Report on sanitation, dispensaries, and jails in Rajputana for 1920, and on vaccination for the year 1920-1921 - 1920-1921
Year: 1920
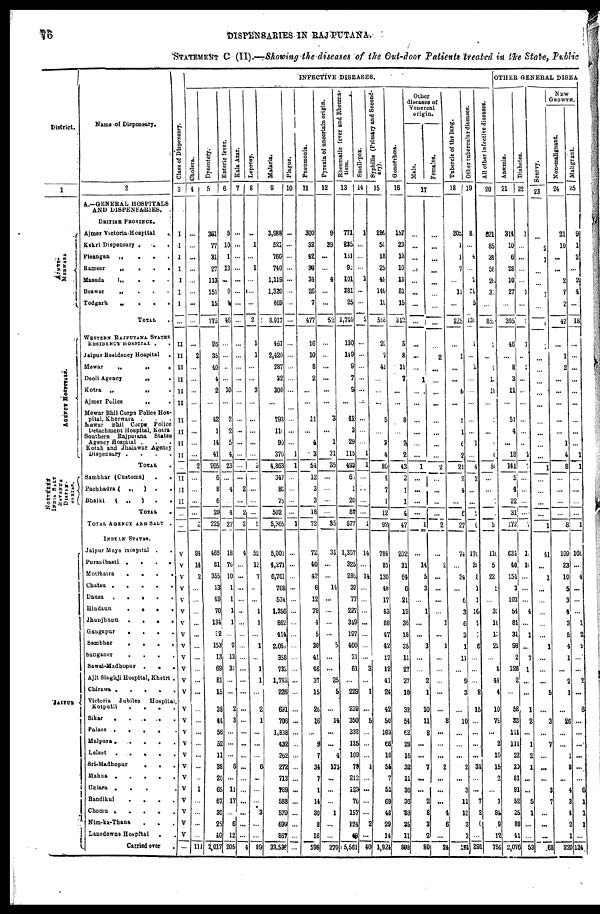
76
DISPENSARIES IN RAJPUTANA.
STATEMENT C (II).—Showing the diseases of the Out-door Patients treated in the State, Public
District.
1
AJMER
MERWARA
AGENCY HOSPITALS.
NORTHERN
INDIA SALT
REVENUE
DISPEN¬
SARIES.
JAIPUR
Name of Dispensary.
2
A.-GENERAL HOSPITALS
AND DISPENSARIES.
BRITISH PROVINCE.
Ajmer Victoria.Hospital
.
Kekri Dispensary
...
Pisangan „
...
Ramsar
„
...
Masuda
„
...
Beawar
„ ...
Todgarh
„
...
TOTAL ..
WESTERN RAJPUTANA STATES
RESIDENCY HOSPITAL ..
Jaipur Residency Hospital
.
Mewar
„
„
.
Deoli Agency
„
.
Kotra
„
„
.
Ajmer Police
„ .
Mewar Bhil Corps Police Hos-
pital, Kherwara ...
Mewar Bhil Corps Police
Detachment Hospital, Kotra
Southern Rajputana States
Agency Hospital ...
Kotah and Jhalawar Agency
Dispensary
....
TOTAL .
Sambhar (Customs) ..
Pachbadra( „
) ..
Bhalki
( „
) ..
TOTAL .
TOTAL AGENCY AND SALT .
INDIAN STATES.
Jaipur Mayo Hospital
..
Puranibasti
....
Motikatra
....
Chatsu
......
Dausa
.....
Hindaun....
Jhuujhunu....
Gangapur
....
Sambhar
....
Sanganer
....
Sawai-Madhopur
...
Ajit Singhji Hospital, Khetri .
Chirawa.....
Victoria Jubilee
Hospital
Kotputli ....
Sikar
.....
Palace
.....
Malpura.....
Lalsot
.....
Sri-Madhopur
...
Mahua
.....
Uniara
....
Bandikul
....
Chomu
.....
Nim-ka-Thana
...
Lansdowne Hospital
..
Carried over.
Class of Dispensary.
3
I
I
I
I
I
I
I
...
II
II
II
II
II
II
II
II
II
II
...
II
II
II
...
...
V
V
V
V
V
V
V
V
V
V
V
V
V
V
V
V
V
V
V
V
V
V
V
V
V
...
INFECTIVE DISEASES.
Cholera.
4
...
...
...
...
...
...
...
...
...
2
...
...
...
...
...
...
...
...
2
...
...
...
...
2
94
14
2
...
...
...
...
...
...
...
...
...
...
...
...
...
...
...
...
...
1
...
...
...
...
111
Dysentery.
5
361
77
31
27
113
151
15
775
26
35
40
4
2
...
47
1
14
41
205
6
8
6
20
225
466
81
355
13
49
70
134
32
153
13
69
81
15
38
44
56
52
11
38
20
65
67
30
25
40
2,017
Enteric fever.
6
9
10
1
13
...
9
4
46
...
...
..
...
10
...
2
2
5
4
23
...
4
...
4
27
18
70
10
1
1
1
1
...
2
13
31
...
...
2
3
...
...
...
6
...
11
17
...
6
12
205
Kala Azar.
7
...
...
...
...
...
...
...
...
...
...
...
...
...
...
...
...
...
...
...
...
2
...
2
2
4
...
...
...
...
...
...
...
...
...
...
...
...
...
...
...
...
...
...
...
...
...
...
...
...
4
Leprosy.
8
...
1
...
1
...
...
...
2
1
1
...
...
3
...
...
...
...
...
5
...
...
...
...
5
52
13
7
...
...
1
1
...
1
...
1
1
...
2
1
...
...
...
6
...
...
...
3
...
...
89
Malaria.
9
3,988
521
760
740
1,119
1,320
469
8,917
461
2,420
287
32
300
...
793
110
96
370
4,863
347
80
75
502
5,365
5,001
4,271
6,761
768
534
1,356
862
414
2,051
358
732
1,783
226
691
706
1,838
432
262
272
713
769
588
579
699
867
33,538
Plague.
10
...
...
...
...
...
...
...
...
...
...
...
...
...
...
...
...
...
1
1
...
...
...
...
1
...
...
...
...
...
...
...
...
...
...
...
...
...
...
...
...
...
...
...
...
...
...
...
...
...
...
Pneumonia.
11
300
32
42
36
34
26
7
477
16
10
8
2
...
...
11
...
4
3
54
12
3
3
18
72
72
40
42
6
12
78
4
5
30
41
46
37
15
26
16
...
9
7
34
7
1
14
30
8
16
596
Pyrexia of uncertain origin.
12
9
39
...
...
4
...
...
52
...
...
...
...
...
...
3
...
1
31
35
...
...
...
...
35
31
...
...
14
...
...
...
...
5
...
...
25
5
...
14
...
...
4
171
...
...
...
1
...
...
270
Rheumatic fever and Rheuma-
tism.
13
771
235
131
90
101
381
25
1,740
130
149
9
7
9
...
42
3
29
115
493
60
1
20
84
577
1,357
325
286
37
77
227
349
197
40
31
61
...
229
239
350
332
135
10
79
212
123
76
157
124
43
5,561
Small-pox.
14
1
...
...
...
1
...
...
2
...
...
...
...
...
...
...
...
...
1
1
...
...
...
...
1
14
...
14
...
...
...
...
...
...
...
3
...
1
...
5
...
...
...
1
...
...
...
...
2
...
40
Syphilis (Primary and Second-
ary).
15
286
50
18
25
48
146
19
506
20
7
41
...
...
...
5
...
3
4
80
4
7
1
12
92
784
81
130
48
17
43
88
47
42
17
12
41
24
42
50
103
66
16
55
7
51
69
48
29
14
1,924
Gonorrhœa.
16
157
23
13
10
13
81
15
312
5
8
11
7
...
...
8
...
2
2
43
2
1
1
4
47
202
31
64
6
21
19
36
18
35
11
27
27
10
32
54
62
28
16
32
11
36
36
88
35
11
898
Other
diseases of
Venereal
origin.
Male.
Females.
17
...
...
...
...
...
...
...
...
...
...
...
1
...
...
...
...
...
...
1
...
...
...
...
1
...
14
5
3
...
1
...
...
3
...
...
2
2
10
11
8
...
...
7
...
...
2
8
3
2
80
...
...
...
...
...
...
...
...
...
2
...
...
...
...
...
...
...
...
2
...
...
...
...
2
...
2
...
...
...
...
1
...
1
...
...
...
...
...
8
...
...
...
2
...
...
...
4
6
...
24
Tubercle of the lung.
18
200
1
1
7
...
11
...
225
...
1
...
...
6
...
5
1
6
2
21
2
4
...
6
27
74
...
34
...
6
3
6
3
1
11
...
9
3
...
10
...
...
...
2
...
3
11
12
3
3
154
Other tubercular diseases.
19
8
...
4
...
2
30
5
130
1
...
2
...
...
...
...
...
1
...
4
2
...
...
1
0
170
20
8
1
1
10
2
2
5
...
...
...
2
15
...
...
...
...
34
...
...
7
2
6
...
291
All other infective diseases.
20
621
85
34
58
21
31
...
85
1
...
2
1
18
...
...
...
...
0
50
...
...
...
...
5
110
5
22
5
...
30
10
13
22
...
8
44
4
10
78
...
2
10
15
2
...
1
84
9
12
756
OTHER GENERAL DISEA
Anæmia.
21
314
10
6
28
10
27
...
395
46
...
8
...
11
...
51
4
...
18
141
5
4
22
31
172
634
4
155
3
103
54
84
31
98
2
128
2
...
58
33
111
111
22
30
81
91
52
25
88
41
2,076
Diabetes.
22
1
...
...
...
...
1
...
...
1
...
...
...
...
...
...
...
...
2
7
...
...
...
...
1
11
10
...
...
...
4
...
1
...
7
1
...
...
1
2
...
1
2
1
...
...
5
1
...
...
53
Scurvy.
23
...
2
1
...
...
1
...
...
...
...
...
...
...
...
...
...
...
...
1
...
...
...
...
1
41
...
1
...
...
...
...
...
1
...
...
...
5
...
3
...
7
...
...
...
3
7
...
...
...
68
NEW
GROWTH.
Non-malignant.
24
21
10
...
...
2
7
2
42
...
1
2
...
...
...
...
...
1
4
8
...
...
...
...
8
109
23
10
5
3
4
3
5
4
1
...
2
1
...
26
...
...
1
8
...
4
3
4
2
1
220
Malignant.
25
9
1
2
...
2
4
...
18
...
...
...
...
...
...
...
...
...
1
1
...
...
...
...
1
108
...
4
...
...
...
1
2
2
...
...
2
...
6
...
...
...
...
...
...
6
1
1
1
...
134